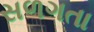
સળગતા